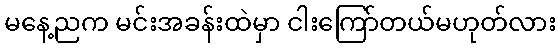
မနေ့ညက မင်းအခန်းထဲမှာ ငါးကြော်တယ်မဟုတ်လား